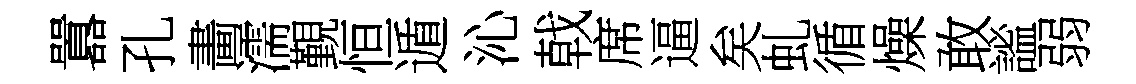
囂孔畵濡覲恒遁沁戟席逼矣虬循燥敢謐弱